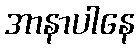
အာနာပါနေ